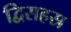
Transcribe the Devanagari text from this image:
द्विसहस्र